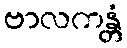
ဗာလကန္တံ